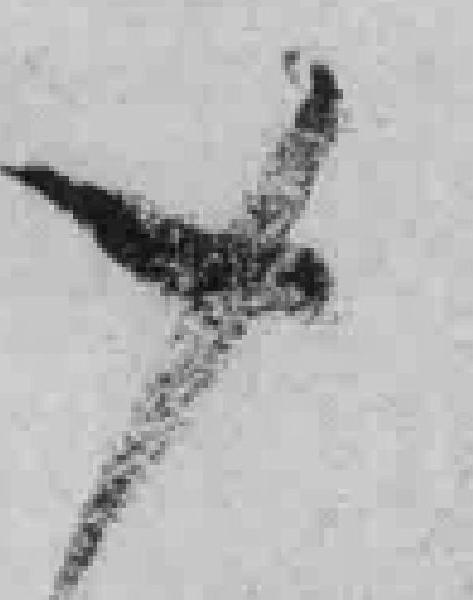
十